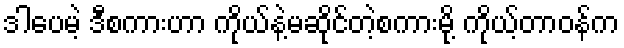
ဒါပေမဲ့ ဒီစကားဟာ ကိုယ်နဲ့မဆိုင်တဲ့စကားမို့ ကိုယ့်တာဝန်က